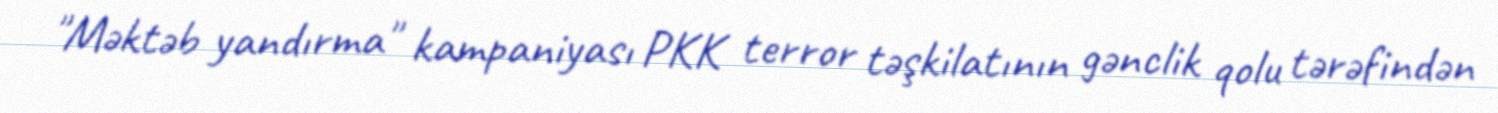
"Məktəb yandırma" kampaniyası PKK terror təşkilatının gənclik qolu tərəfindən